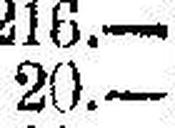
20.—